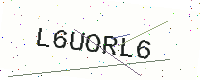
Text: L6UORL6